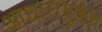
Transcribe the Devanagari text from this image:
आधारामुळेच